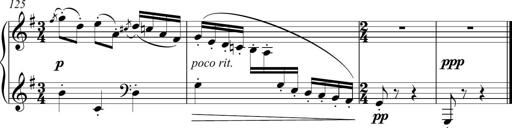
Title: Sonatina del HuÃ©car
Composer: JosÃ© Miguel Moreno Sabio